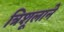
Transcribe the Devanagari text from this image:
त्रिशूलाने